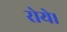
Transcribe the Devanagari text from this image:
रोये।